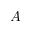
A